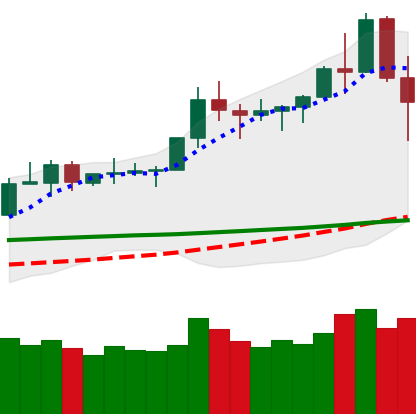
Ticker: TRX-USD
Chart end date: 2020-02-16
Forward return: -10.083%
Label: down_7plus